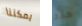
يمكننا هذه